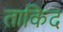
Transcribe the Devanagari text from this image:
ताकिद